Leaving Certificate Examination, 1922
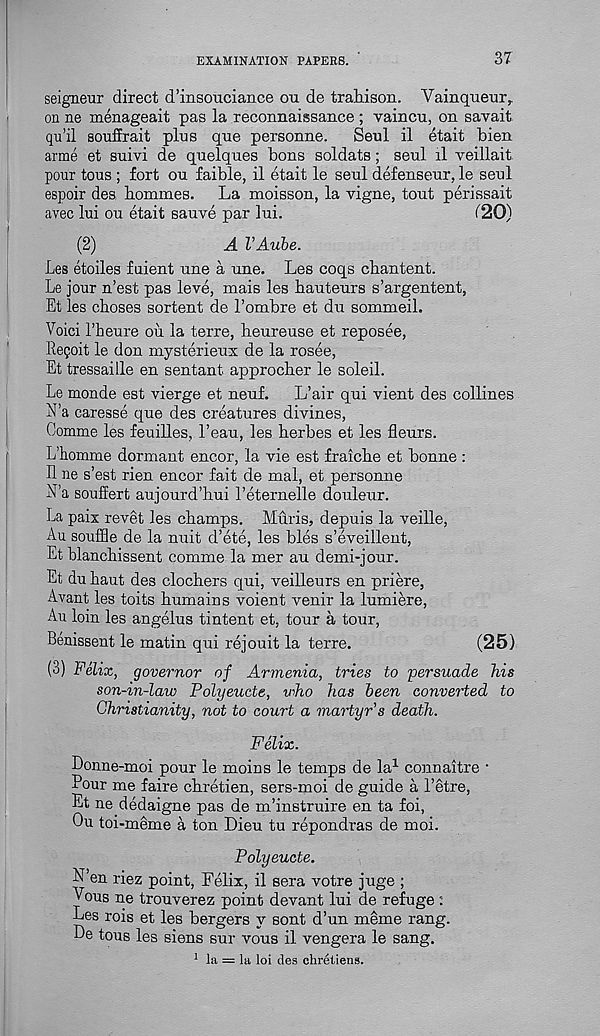
EXAMINATION PAPERS.
37
seigneur direct d’insouciance ou de trahison. Vainqueur,.
on ne menageait pas la reconnaissance ; vaincu, on savait
qu’il souffrait plus que personne.
Seul il etait bien
arme et suivi de quelques bons soldats; seul il veillait
pour tous ; fort ou faible, il etait le seul defenseur, le seul
espoir des homines.
La moisson, la vigne, tout perissait
avec lui ou etait sauve par lui.
120)
(2)
A VAube.
Les etoiles fuient une a une. Les coqs chantent.
Le jour n’est pas leve, mais les hauteurs s’argentent,
Et les choses sortent de I’ombre et du sommeil.
Voici Fbeure ou la terre, heureuse et reposee,
Uegoit le don mysterieux de la rosee,
Et tressaille en sentant approcher le soleil.
Le monde est vierge et neuf.
L’air qui vient des collines
N’a caresse que des creatures divines,
Oomme les feuilles. Lean, les herbes et les fleurs.
L’homme dormant encor, la vie est fraiche et bonne :
Il ne s’est rien encor fait de mal, et personne
E’a souffert aujourd’hui I’eternelle douleur.
La paix revet les champs. Mur is, depuis la veille,
Au souffle de la nuit d’ete, les bles s’eveillent,
Et blanchissent comme la mer au demi-jour.
Et du haut des clochers qui, veilleurs en priere,
Avant les toils humains voient venir la lumiere,
Au loin les angelus tintent et, tour a tour,
Benissent le matin qui rejouit la terre.
(25)
(3) Felix, governor of Armenia, tries to persuade his
son-in-law Polyeucte, vho has been converted to
Christianity, not to court a martyr's death.
Felix.
Donne-moi pour le moins le temps de la 1 connaitre •
Pour me faire chretien, sers-moi de guide a 1’etre,
Et ne dedaigne pas de m’instruire en ta foi,
Ou toi-meme a ton Lieu tu repondras de moi.
Polyeucte.
N’en riez point, Felix, il sera votre juge ;
Vous ne trouverez point devant lui de refuge :
Les rois et les bergers y sont d’un meme rang.
Le tous les siens sur vous il vengera le sang.
1 la = la loi des chretiens.